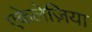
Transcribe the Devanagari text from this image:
एकेलेज़िया